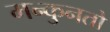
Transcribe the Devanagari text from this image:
मन्कुनतो